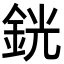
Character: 銧